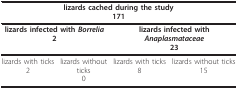
| <COLSPAN=4> lizards cached during the study171 |
 | --- | --- | --- | --- |
 | <COLSPAN=2> lizards infected with Borrelia2 | <COLSPAN=2> lizards infected with Anaplasmataceae23 |
 | lizards with ticks2 | lizards withoutticks0 | lizards with ticks8 | lizards without ticks15 |